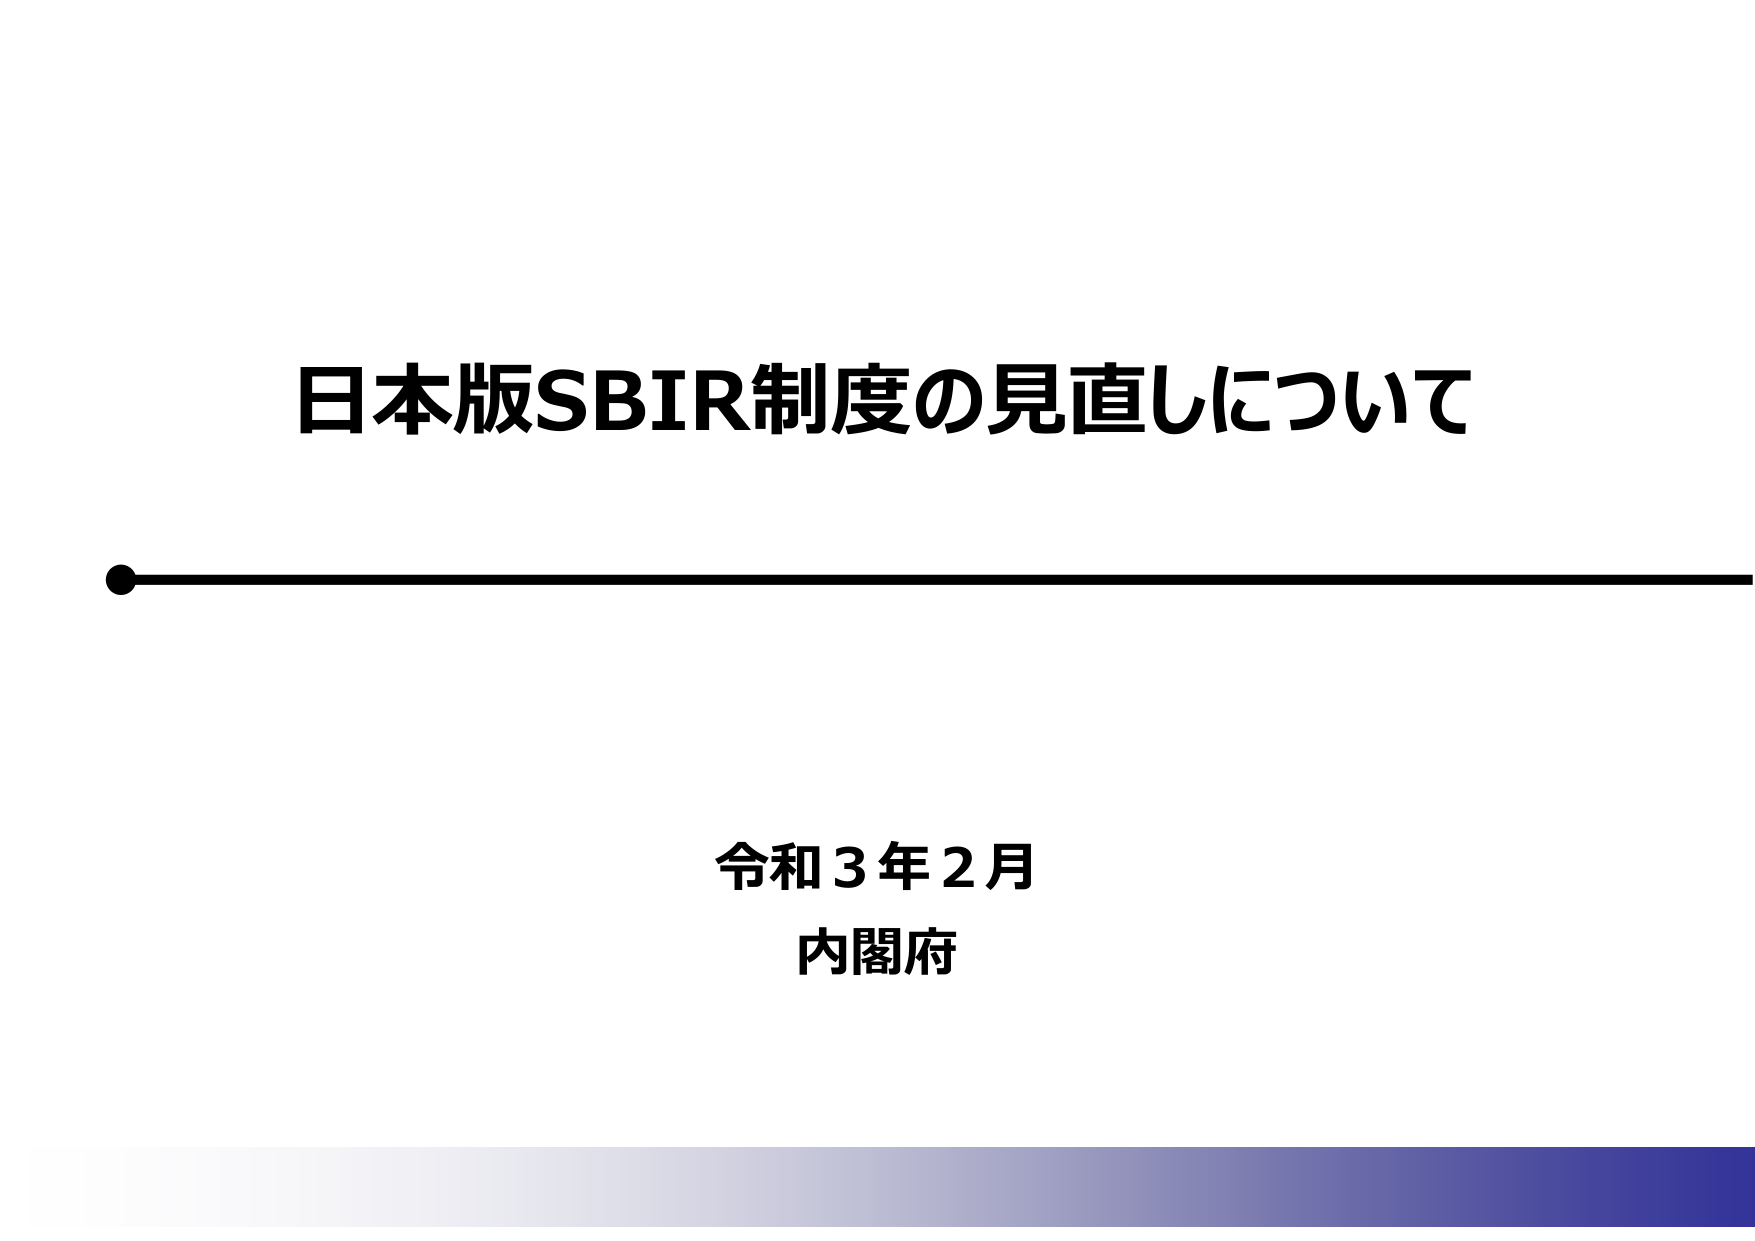
日本版SBIR制度の見直しについて

令和３年２月
内閣府